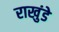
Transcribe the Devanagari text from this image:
राखुंडे